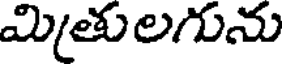
మితులగును